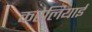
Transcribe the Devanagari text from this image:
करेलियाई